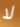
لا